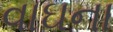
વાઘના